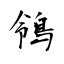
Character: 鴒